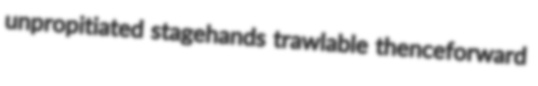
unpropitiated stagehands trawlable thenceforward